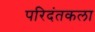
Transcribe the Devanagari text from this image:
परिदंतकला